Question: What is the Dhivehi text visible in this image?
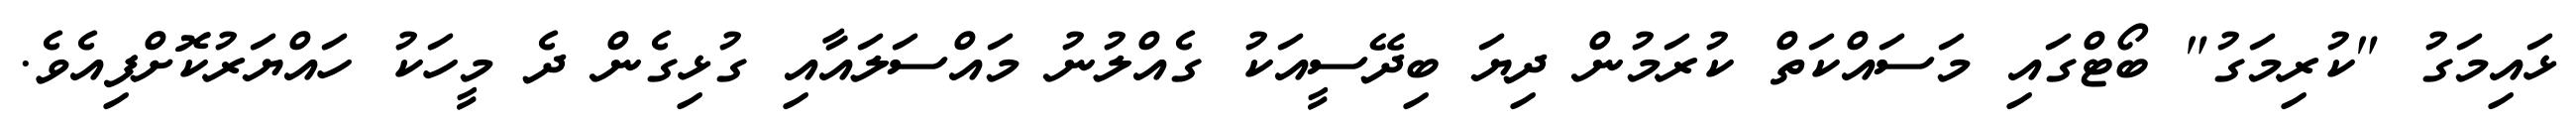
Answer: ޅައިމަގު "ކުރިމަގު" ބޯޓްގައި މަސައްކަތް ކުރަމުން ދިޔަ ބިދޭސީއަކު ގެއްލުނު މައްސަލައާއި ގުޅިގެން ދެ މީހަކު ހައްޔަރުކޮށްފިއެވެ.